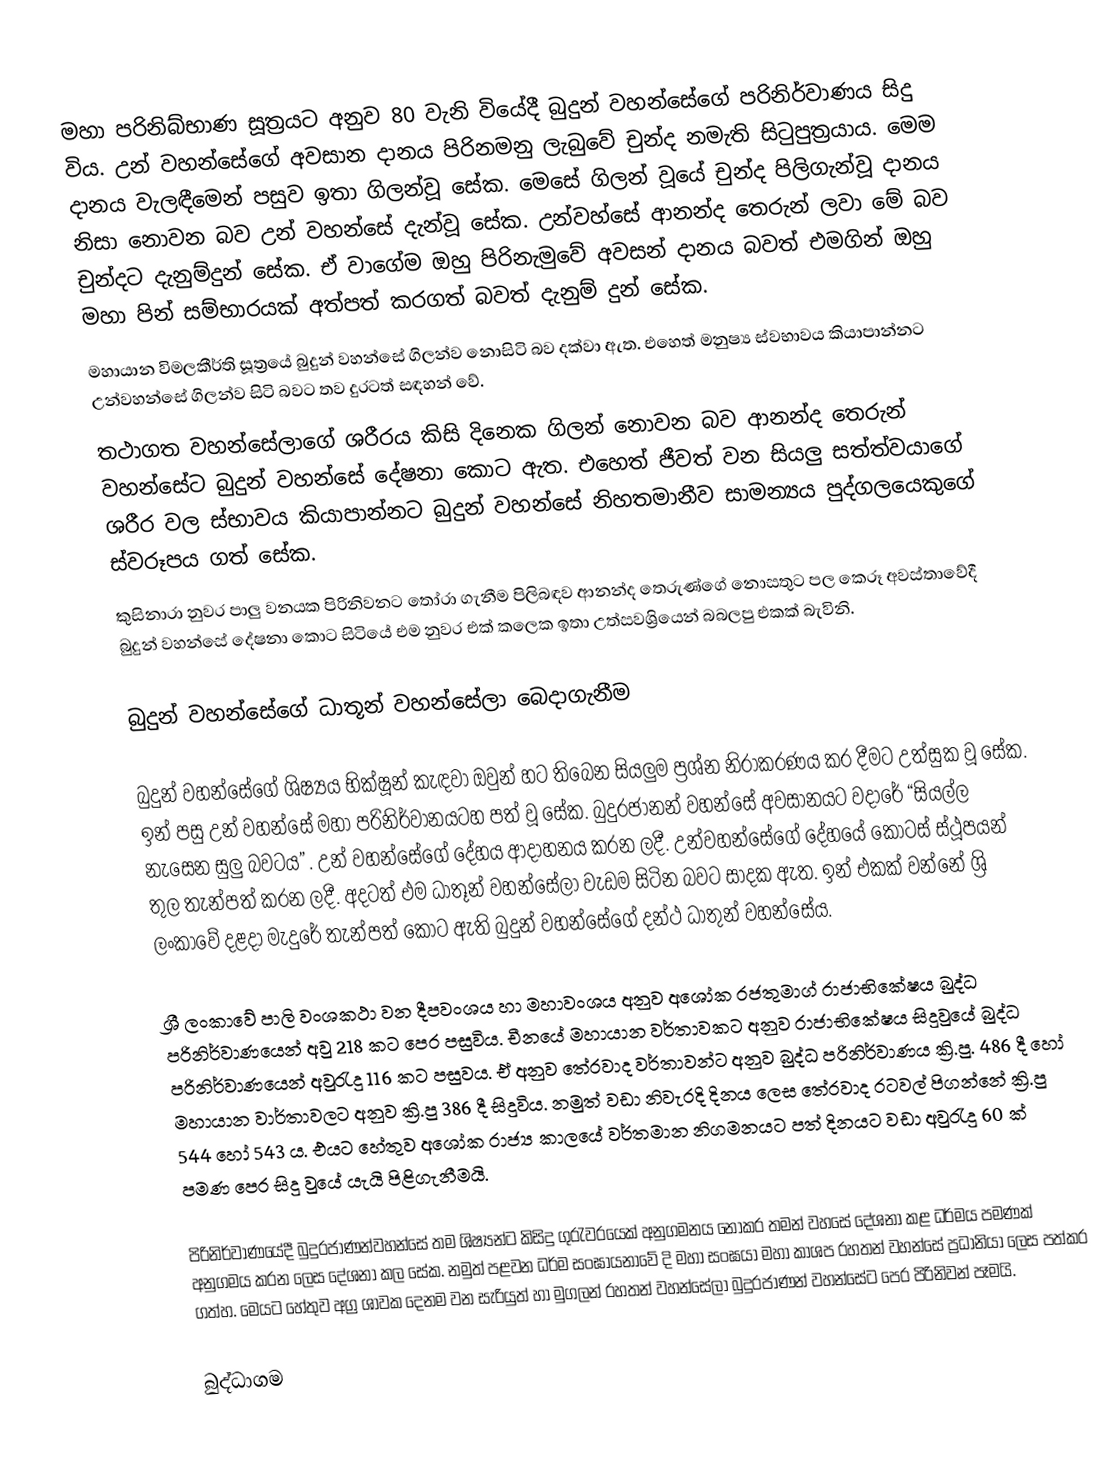
මහා පරිනිබ්භාණ සූත්‍රයට අනුව 80 වැනි වියේදී බුදුන් වහන්සේගේ පරිනිර්වාණය සිදු විය. උන් වහන්සේගේ අවසාන දානය පිරිනමනු ලැබුවේ චුන්ද නමැති සිටුපුත්‍රයාය. මෙම දානය වැලඳීමෙන් පසුව ඉතා ගිලන්වූ සේක. මෙසේ ගිලන් වූයේ  චුන්ද පිලිගැන්වූ දානය නිසා නොවන බව උන් වහන්සේ දැන්වූ සේක. උන්වහ්සේ ආනන්ද තෙරුන් ලවා මේ බව චුන්දට  දැනුම්දුන් සේක. ඒ වාගේම ඔහු පිරිනැමුවේ අවසන් දානය බවත් එමගින් ඔහු මහා පින් සම්භාරයක් අත්පත් කරගත් බවත් දැනුම් දුන් සේක.
මහායාන විමලකීර්ති සූත්‍රයේ බුදුන් වහන්සේ ගිලන්ව නොසිටි බව දක්වා ඇත. එහෙත් මනුෂ්‍ය ස්වභාවය කියාපාන්නට උන්වහන්සේ ගිලන්ව සිටි බවට තව දුරටත් සඳහන් වේ.
තථාගත වහන්සේලාගේ ශරීරය කිසි දිනෙක ගිලන් නොවන බව ආනන්ද තෙරුන් වහන්සේට බුදුන් වහන්සේ දේෂනා කොට ඇත. එහෙත් ජීවත් වන සියලු සත්ත්වයාගේ ශරීර වල ස්භාවය කියාපාන්නට බුදුන් වහන්සේ නිහතමානීව සාමන්‍යය පුද්ගලයෙකුගේ ස්වරූපය ගත් සේක.
කුසිනාරා නුවර පාලු වනයක පිරිනිවනට තෝරා ගැනීම පිලිබඳව ආනන්ද තෙරුණ්ගේ නොසතුට පල කෙරූ අවස්තාවේදී බුදුන් වහන්සේ දේෂනා කොට සිටියේ එම නුවර එක් කලෙක ඉතා උත්සවශ්‍රියෙන් බබලපු එකක් බැවිනි.

බුදුන් වහන්සේගේ ධාතූන් වහන්සේලා බෙදාගැනීම

බුදුන් වහන්සේගේ ශිෂ්‍යය භික්ෂූන් කැඳවා ඔවුන් හට තිබෙන සියලුම ප්‍රශ්න නිරාකරණය කර දීමට උත්සුක වූ සේක. ඉන් පසු උන් වහන්සේ මහා පරිනිර්වානයටහ පත් වූ සේක. බුදුරජානන් වහන්සේ අවසානයට වදාරේ “සියල්ල නැසෙන සුලු බවටය” . උන් වහන්සේගේ දේහය ආදාහනය කරන ලදී. උන්වහන්සේගේ දේහයේ කොටස්  ස්ථූපයන් තුල තැන්පත් කරන ලදී. අදටත් එම ධාතූන් වහන්සේලා වැඩම සිටින බවට සාදක ඇත. ඉන් එකක් වන්නේ ශ්‍රි ලංකාවේ දළදා මැදුරේ තැන්පත් කොට ඇති බුදුන් වහන්සේගේ දන්ථ ධාතුන් වහන්සේය.

ශ්‍රී ලංකාවේ පාලි වංශකථා වන දීපවංශය හා මහාවංශය අනුව අශෝක රජතුමාග් රාජාභිකේෂය බුද්ධ පරිනිර්වාණයෙන් අවු 218 කට පෙර පසුවිය. චීනයේ මහායාන වර්තාවකට අනුව රාජාභිකේෂය සිදුවුයේ බුද්ධ පරිනිර්වාණයෙන් අවුරැදු 116 කට පසුවය. ඒ අනුව තේරවාද වර්තාවන්ට අනුව බුද්ධ පරිනිර්වාණය ක්‍රි.පු. 486 දී හෝ මහායාන වාර්තාවලට අනුව ක්‍රි.පු 386 දී සිදුවිය. නමුත් වඩා නිවැරදි දිනය ලෙස තේරවාද රටවල් පිගන්නේ ක්‍රි.පු 544 හෝ 543  ය. එයට හේතුව අශෝක රාජ්‍ය කාලයේ වර්තමාන නිගමනයට පත් දිනයට වඩා අවුරැදු 60 ක් පමණ පෙර සිදු වුයේ යැයි පිළිගැනීමයි.

පිරිනිර්වාණයේදී බුදුරජාණන්වහන්සේ තම ශිෂ්‍යන්ට කිසිදු ගුරැවරයෙක් අනුගමනය නොකර තමන් වහසේ දේශනා කළ ධර්මය පමණක් අනුගමය කරන ලෙස දේශනා කල සේක. නමුත් පළවන ධර්ම සංඝායනාවේ දි මහා සංඝයා මහා කාශප රහතන් වහන්සේ ප්‍රධානියා ලෙස පත්කර ගත්හ. මෙයට හේතුව අග්‍ර ශාවක දෙනම වන සැරියුත් හා මුගලන් රහතන් වහන්සේලා බුදුරජාණන් වහන්සේට පෙර පිරිනිවන් පෑමයි.

බුද්ධාගම